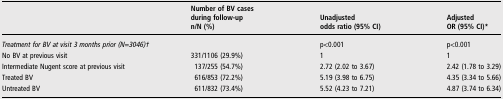
|  | Number of BV cases during follow-upn/N (%) | Unadjustedodds ratio (95% CI) | AdjustedOR (95% CI)* |
 | --- | --- | --- | --- |
 | <COLSPAN=2> Treatment for BV at visit 3 months prior (N=3046)† | p<0.001 | p<0.001 |
 | No BV at previous visit | 331/1106 (29.9%) | 1 | 1 |
 | Intermediate Nugent score at previous visit | 137/255 (54.7%) | 2.72 (2.02 to 3.67) | 2.42 (1.78 to 3.29) |
 | Treated BV | 616/853 (72.2%) | 5.19 (3.98 to 6.75) | 4.35 (3.34 to 5.66) |
 | Untreated BV | 611/832 (73.4%) | 5.52 (4.23 to 7.21) | 4.87 (3.74 to 6.34) |